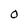
Character: 0